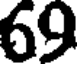
69